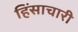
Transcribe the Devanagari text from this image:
हिंसाचारी